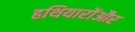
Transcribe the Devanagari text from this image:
हथियारोंऔर